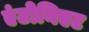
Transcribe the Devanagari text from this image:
एंटोनिएट